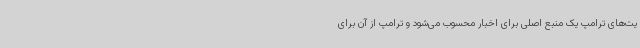
یت‌های ترامپ یک منبع اصلی برای اخبار محسوب می‌شود و ترامپ از آن برای